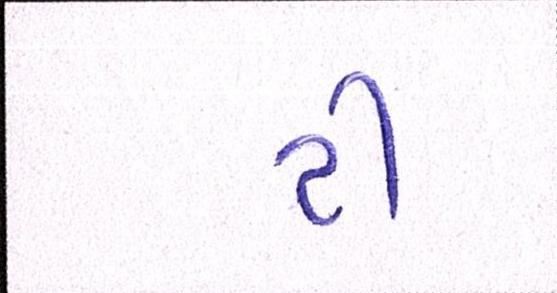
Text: ટી